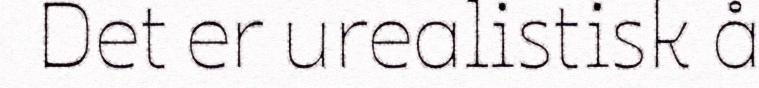
Det er urealistisk å